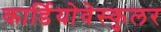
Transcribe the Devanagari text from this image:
कार्डियोवेस्कुलर